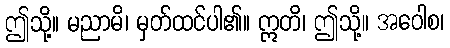
ဤသို့။ မညာမိ၊ မှတ်ထင်ပါ၏။ ဣတိ၊ ဤသို့။ အဝေါစ၊